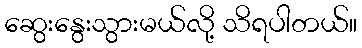
ဆွေးနွေးသွားမယ်လို့ သိရပါတယ်။